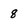
Character: 8